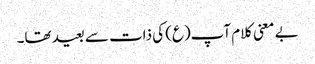
بے معنی کلام آپ(ع) کی ذات سے بعید تھا۔